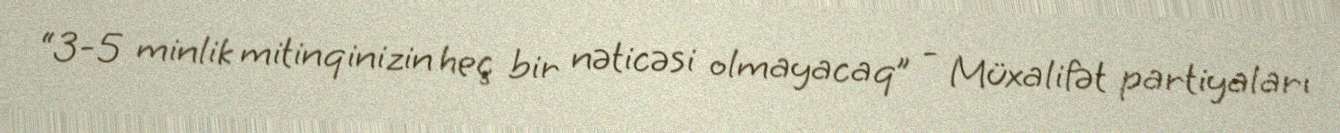
“3-5 minlik mitinqinizin heç bir nəticəsi olmayacaq” - Müxalifət partiyaları